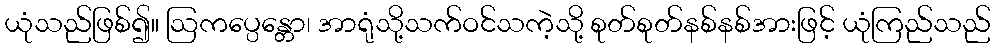
ယုံသည်ဖြစ်၍။ ဩကပ္ပေန္တော၊ အာရုံသို့သက်ဝင်သကဲ့သို့ စုတ်စုတ်နစ်နစ်အားဖြင့် ယုံကြည်သည်